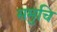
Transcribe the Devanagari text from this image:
समुचि